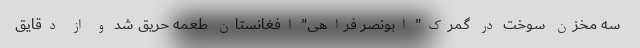
سه مخزن سوخت در گمرک" ابونصر فراهی" افغانستان طعمه حریق شد و از دقایق